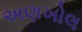
અણખોલ